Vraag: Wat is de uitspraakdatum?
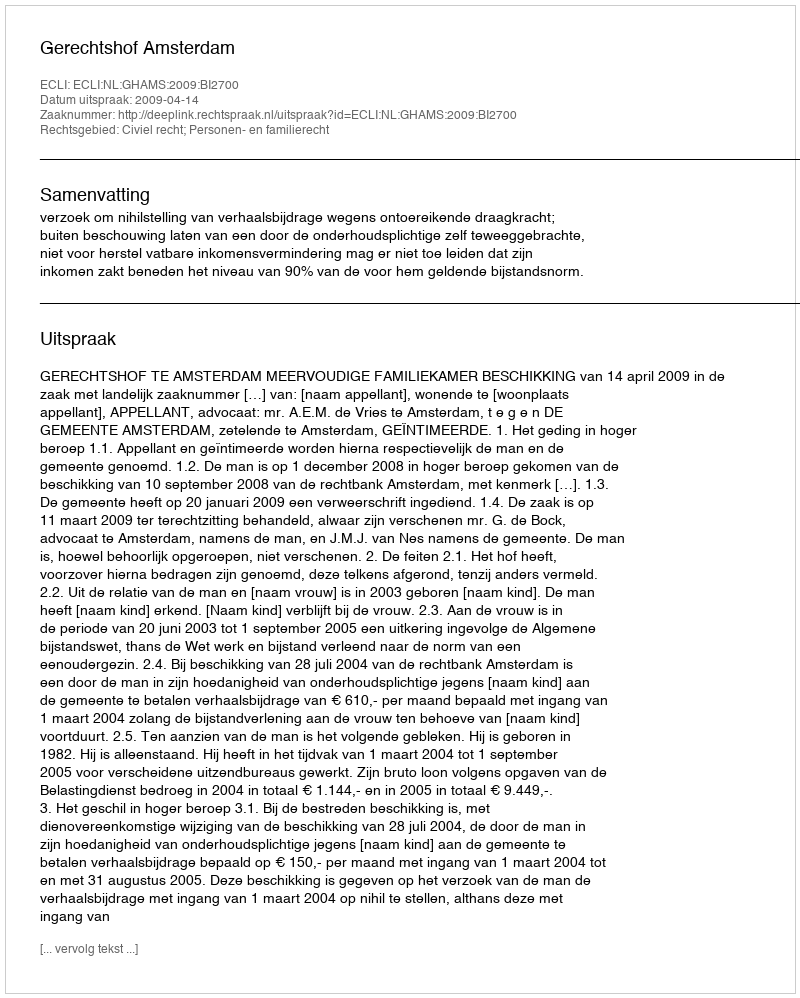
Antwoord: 2009-04-14